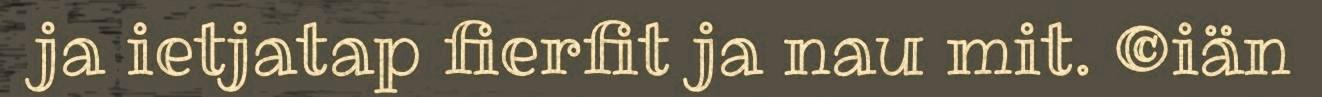
ja ietjatap fierfit ja nau mit. ©iän